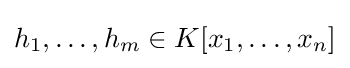
h_{1},\dots ,h_{m}\in K[x_{1},\dots ,x_{n}]